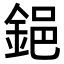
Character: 𨦺